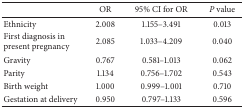
<table><thead><tr><td><b> </b></td><td><b>OR</b></td><td><b>95% CI for OR</b></td><td><b><i>P</i> value</b></td></tr></thead><tbody><tr><td>Ethnicity</td><td>2.008</td><td>1.155–3.491</td><td>0.013</td></tr><tr><td>First diagnosis in present pregnancy</td><td>2.085</td><td>1.033–4.209</td><td>0.040</td></tr><tr><td>Gravity</td><td>0.767</td><td>0.581–1.013</td><td>0.062</td></tr><tr><td>Parity</td><td>1.134</td><td>0.756–1.702</td><td>0.543</td></tr><tr><td>Birth weight</td><td>1.000</td><td>0.999–1.001</td><td>0.710</td></tr><tr><td>Gestation at delivery</td><td>0.950</td><td>0.797–1.133</td><td>0.596</td></tr></tbody></table>